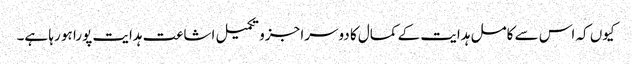
کیوں کہ اس سے کامل ہدایت کے کمال کا دوسرا جزو تکمیل اشاعت ہدایت پورا ہو رہا ہے۔